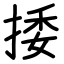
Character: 捼